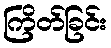
ကြိတ်ခြင်း